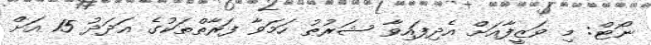
ނޯޓް: މި ވަޒީފާއަށް އެދިފައިވާ ޝަރުޠު ހަމަވާ ފަރާތްތަކުގެ އަދަދު 15 އަށް